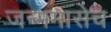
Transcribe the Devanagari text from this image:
जन्ममासेच